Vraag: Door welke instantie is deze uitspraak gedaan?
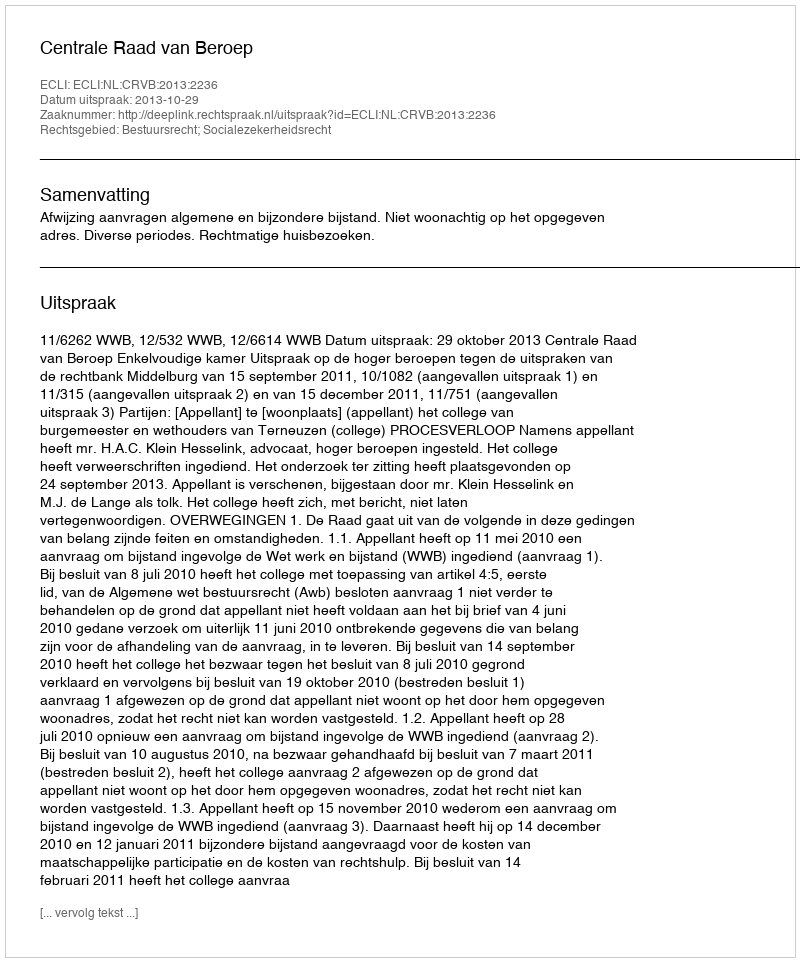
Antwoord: Centrale Raad van Beroep